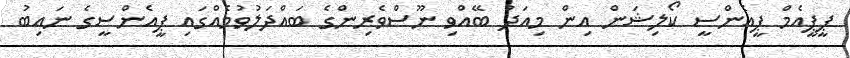
ޕީޕީއެމް ޕީއެންސީ ކޯލިޝަން އިން މިއަދު ބޭއްވި ނޫސްވެރިންގެ ބައްދަލުވުމެއްގައި ޕީއެންސީގެ ނައިބު